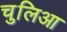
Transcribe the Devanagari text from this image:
चुलिआ